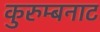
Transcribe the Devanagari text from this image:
कुरुम्बनाट